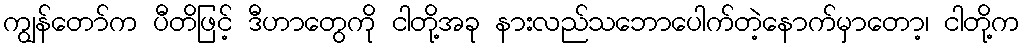
ကျွန်တော်က ပီတိဖြင့် ဒီဟာတွေကို ငါတို့အခု နားလည်သဘောပေါက်တဲ့နောက်မှာတော့၊ ငါတို့က